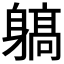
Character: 𨉲